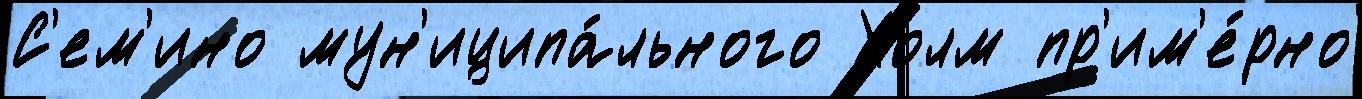
С'ем'ино мун'иципа́льного Холм пр'им'е́рно